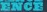
ENCE